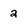
Character: 2